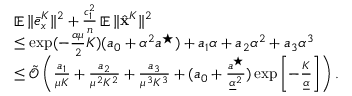
\begin{array} { r l } & { \mathop { \mathbb { E } } \| \bar { e } _ { x } ^ { K } \| ^ { 2 } + \frac { c _ { 1 } ^ { 2 } } { n } \mathop { \mathbb { E } } \| \hat { { \mathbf { x } } } ^ { K } \| ^ { 2 } } \\ & { \leq \exp ( - \frac { \alpha \mu } { 2 } K ) ( a _ { 0 } + \alpha ^ { 2 } a ^ { \star } ) + a _ { 1 } \alpha + a _ { 2 } \alpha ^ { 2 } + a _ { 3 } \alpha ^ { 3 } } \\ & { \leq \tilde { \mathcal { O } } \left( \frac { a _ { 1 } } { \mu K } + \frac { a _ { 2 } } { \mu ^ { 2 } K ^ { 2 } } + \frac { a _ { 3 } } { \mu ^ { 3 } K ^ { 3 } } + ( a _ { 0 } + \frac { a ^ { \star } } { \underline { { \alpha } } ^ { 2 } } ) \exp \left[ - \frac { K } { \underline { { \alpha } } } \right] \right) . } \end{array}